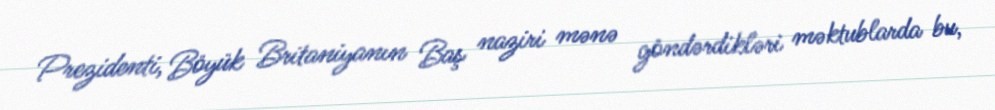
Prezidenti, Böyük Britaniyanın Baş naziri mənə göndərdikləri məktublarda bu,